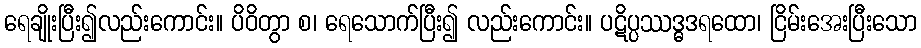
ရေချိုးပြီး၍လည်းကောင်း။ ပိဝိတွာ စ၊ ရေသောက်ပြီး၍ လည်းကောင်း။ ပဋိပ္ပဿဒ္ဓဒရထော၊ ငြိမ်းအေးပြီးသော